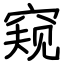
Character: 窥